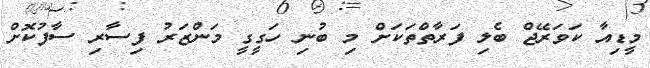
މީޑިއާ ކަވަރޭޖް ބެލި ފަރާތްތަކަށް މި ބުނި ހަގީގީ މަންޒަރު ފިސާރި ސާފުކޮށް